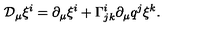
{ \cal D } _ { \mu } \xi ^ { i } = \partial _ { \mu } \xi ^ { i } + \Gamma _ { j k } ^ { i } \partial _ { \mu } q ^ { j } \xi ^ { k } .